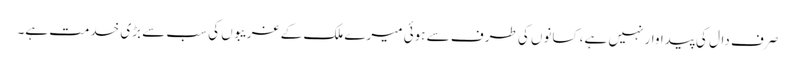
صرف دال کی پیداوار نہیں ہے، کسانوں کی طرف سے ہوئی میرے ملک کے غریبوں کی سب سے بڑی خدمت ہے۔